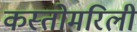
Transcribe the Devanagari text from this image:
कस्तोमरिली